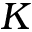
K